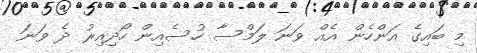
މި ބައިގެ އަންހެން އެއް ވަނަ ލަމްސާ ހުސެއިން ހޯދިއިރު ދެ ވަނަ